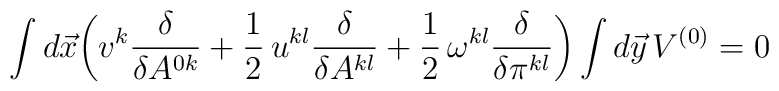
\int d\vec x\biggl(v^k\frac{\delta}{\delta A^{0k}}+\frac{1}{2}\,u^{kl}\frac{\delta}{\delta A^{kl}}+\frac{1}{2}\,\omega^{kl}\frac{\delta}{\delta\pi^{kl}}\biggr)\int d\vec y\,V^{(0)}=0